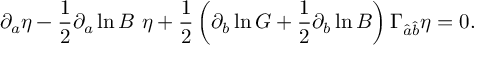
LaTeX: \partial _ { a } \eta - { \frac { 1 } { 2 } } \partial _ { a } \ln B \ \eta + { \frac { 1 } { 2 } } \left( \partial _ { b } \ln G + { \frac { 1 } { 2 } } \partial _ { b } \ln B \right) \Gamma _ { \hat { a } \hat { b } } \eta = 0 .